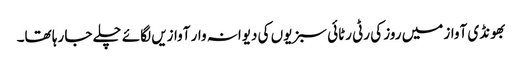
بھونڈی آواز میں روز کی رٹی رٹائی سبزیوں کی دیوانہ وار آوازیں لگائے چلے جا رہا تھا۔